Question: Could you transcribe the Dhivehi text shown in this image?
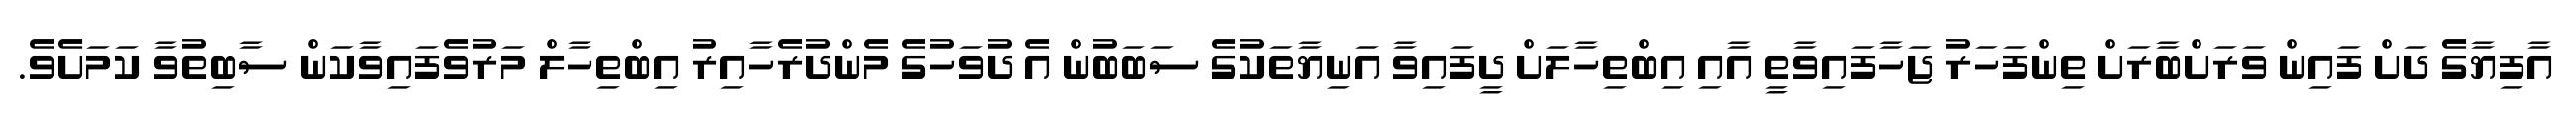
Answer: އާފިޔާގެ ދަށް ފައިން ވަރަށްބާރަށް ތިންފަހަރު ޖަހާފައިވާތީ އާއި އިބްތިހާލަށް ދީފައިވާ އަނިޔާތަކުގެ ސަބަބުން އެ ދުވަހުގެ މެންދުރެހާއިރު އިބްތިހާލް މަރުވެފައިވާކަން ސާބިތުވާ ކަމަށެވެ.